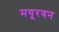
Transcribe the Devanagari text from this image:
मयूरवन